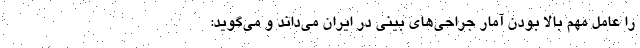
را عامل مهم بالا بودن آمار جراحی‌های بینی در ایران می‌داند و می‌گوید: